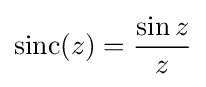
{\text{sinc}}(z)={\frac {\sin z}{z}}